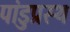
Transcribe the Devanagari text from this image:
पांडुप्रस्थ